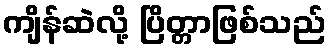
ကျိန်ဆဲလို့ ပြိတ္တာဖြစ်သည်